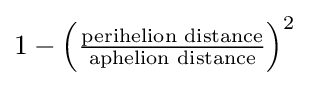
{\textstyle 1-\left({\frac {\text{perihelion distance}}{\text{aphelion distance}}}\right)^{2}}